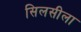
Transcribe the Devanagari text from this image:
सिलसीला